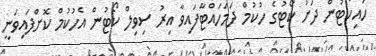
ހައިކޯޓުން ދަށު ކޯޓުގެ ހުކުމް ދަމަހައްޓާފައިވާ އިރު ސިވިލް ކޯޓުން އެހުކުމް ކޮށްފައިވަނީ